Vaccination report Assam 1874-1896 - 1874-1896
Year: 1874
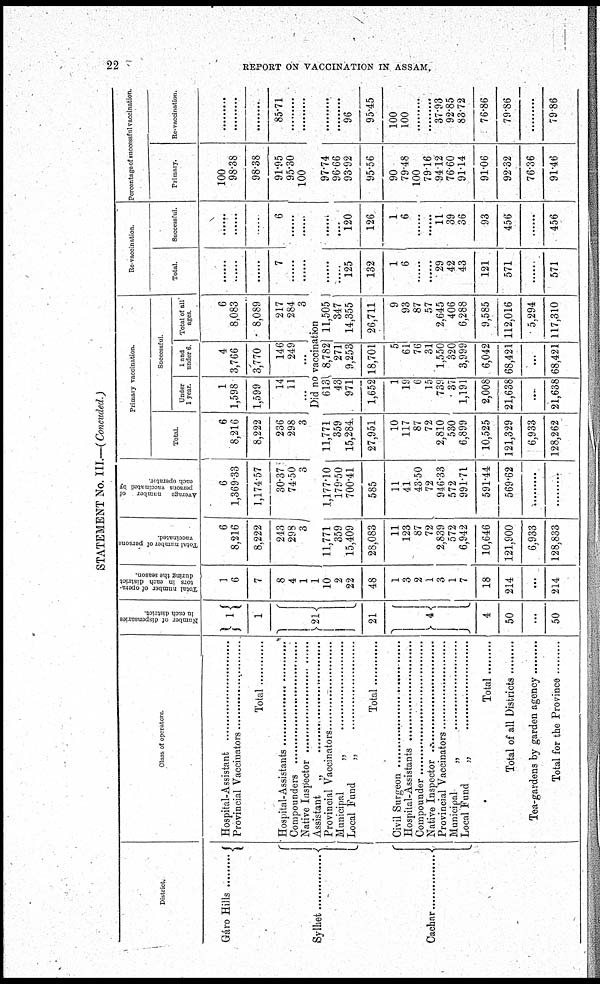
22
REPORT ON VACCINATION IN ASSAM.
STATEMENT No. III.—(Concuded.)
District.
Gáro Hills
.........
Sylhet ..............
Cachar
...............
Class of operators
Hospital-Assistant
Provincial Vaccinators ....................
Total
Hospital-Assistants .....................
Compounders ........................
Native Inspector ..........................
Assistant „ ....................
Provincial Vaccinators ..............
Municipal „ ..................
Local Fund „ .................
Total
Civil Surgeon .......................
Hospital-Assistants .....................
Compounder
Native Inspector
..............................
Provincial Vaccinators
Municipal
„
..............................
Local Fund
„
Total
Total of all Districts
Tea-gardens by garden agency
Total for the Province .............
Number of dispensaries
in each district
1
1
21
21
4
4
50
...
50
Total number of opera-
tors in each district
during the season.
1
6
7
8
4
1
1
10
2
22
48
1
3
2
1
3
1
7
18
214
...
214
Total number of persons
vaccinated
6
8,216
8,222
243
298 3
11,771
359
15,409
28,083
11
123
87
72
2,839
572
6,942
10,646
121,900
6,933
128,833
Average number of
persons vaccinated by
each operator.
6
1,369.33
1,174.57
30.37
74.50
3
1,177.10
179.50
700.41
585
11
41
43.50
72
946.33
572
991.71
591.44
569.62
.........
.........
Primary vaccination.
Total.
6
8,216
8,222
236
298
3
11,771
359
15,284
27,951
10
117
87
72
2,810
530
6,899
10,525
121,329
6,933
128,262
Successful.
Under
1 year.
1
1,598
1,599
14
11
...
1 and
under 6
4
3,766
3,770
146
249
...
Total of all
ages
6
8,083
8,089
217
284
3
Did no vaccination
613
43
971
1,652
1
19
6
15
739
37
1,191
2,008
21,638
...
21,638
8,782
271
9,253
18,701
5
61
76
31
1,550
320
3,999
6,042
68,421
...
68,421
11,505
347
14,355
26,711
9
93
87
57
2,645
406
6,288
9,585
112,016
5,294
117,310
Re-vaccination
Total.
......
......
......
7
......
......
......
......
125
132
1
6
......
......
29
42
43
121
571
......
571
Successful.
......
......
....
6
......
......
......
......
120
126
1
6
......
......
11
39
36
93
456
......
456
Perccntage of successful vaccination.
Primary.
100
98.38
98.38
91.95
95.30
100
97.74
96.66
93.92
95.56
90
79.48
100
79.16
94.12
76.60
91.14
91.06
92.32
76.36
91.46
Re-vaccination.
.........
.........
.........
85.71
.........
.........
.........
.........
96
95.45
100
100
.........
37.93
92.85
83.72
76.86
79.86
.........
79.86